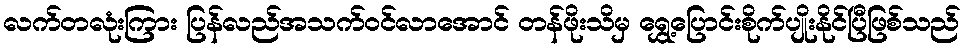
လက်တလုံးကြား ပြန်လည်အသက်ဝင်လာအောင် တန်ဖိုးသိမှ ရွှေ့ပြောင်းစိုက်ပျိုးနိုင်ပြီဖြစ်သည်